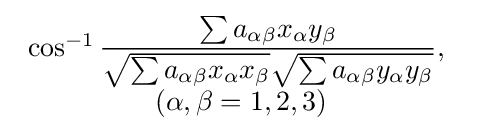
{\begin{array}{c}\cos ^{-1}{\dfrac {\sum a_{\alpha \beta }x_{\alpha }y_{\beta }}{{\sqrt {\sum a_{\alpha \beta }x_{\alpha }x_{\beta }}}{\sqrt {\sum a_{\alpha \beta }y_{\alpha }y_{\beta }}}}},\ \\\left(\alpha ,\beta =1,2,3\right)\end{array}}